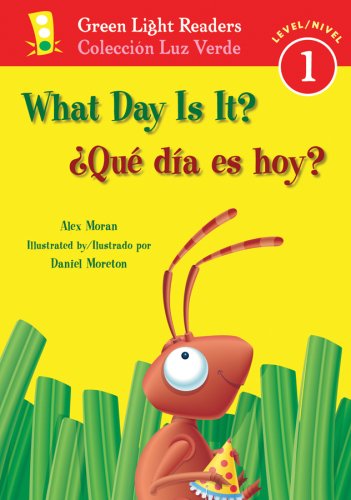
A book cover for What Day Is It?/Â¿QuÃ© dÃ­a es hoy? (Green Light Readers Level 1) (Spanish and English Edition); Alex Moran; Children's Books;